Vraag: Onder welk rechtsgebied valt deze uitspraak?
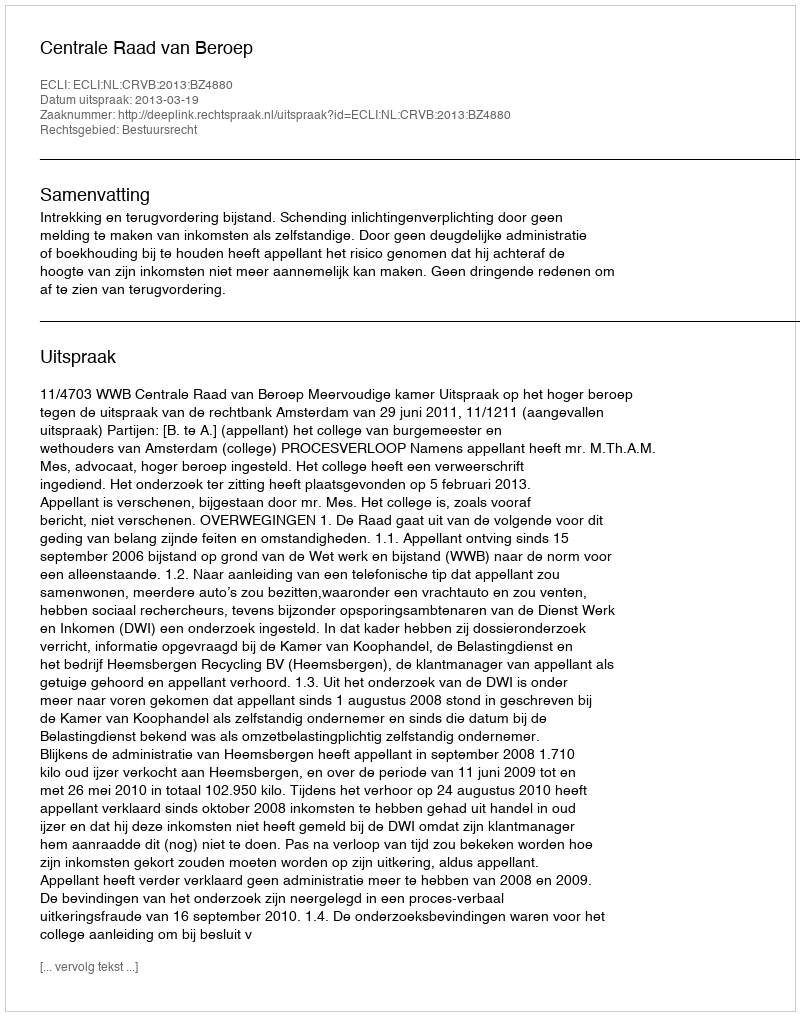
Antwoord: Bestuursrecht